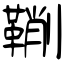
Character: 鞩